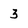
Character: 3